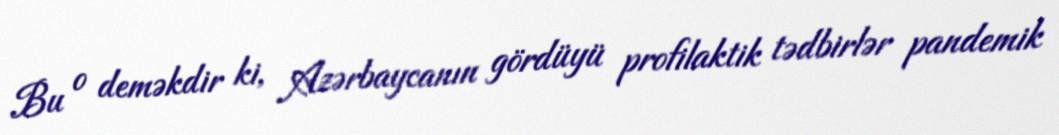
Bu o deməkdir ki, Azərbaycanın gördüyü profilaktik tədbirlər pandemik